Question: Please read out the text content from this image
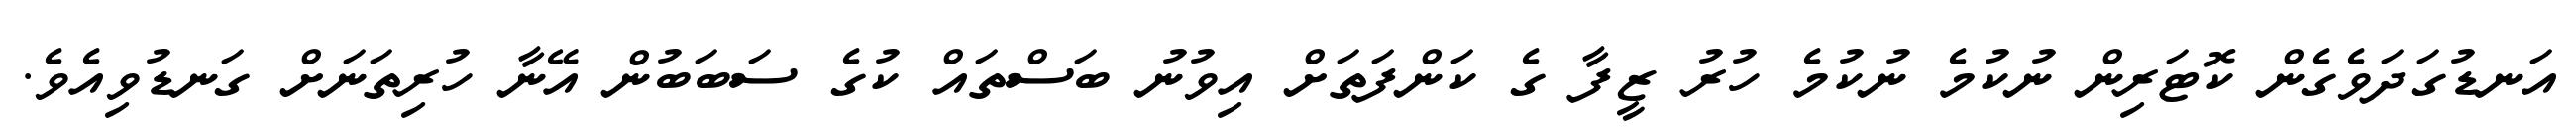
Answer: އަނޑުގަދަވެގެން ކޮޓަރިން ނުކުމެ ނުކުމެ ހުރު ޒީފާ ގެ ކަންފަތަށް އިވުނު ބަސްތައް ކުގެ ސަބަބުން އޭނާ ހުރިތަނަށް ގަނޑުވިއެވެ.